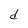
Character: d